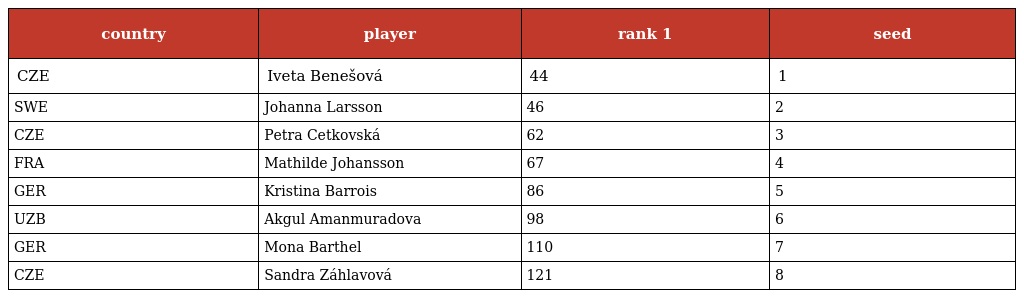
| country | player | rank 1 | seed |
 | --- | --- | --- | --- |
 | CZE | Iveta Benešová | 44 | 1 |
 | SWE | Johanna Larsson | 46 | 2 |
 | CZE | Petra Cetkovská | 62 | 3 |
 | FRA | Mathilde Johansson | 67 | 4 |
 | GER | Kristina Barrois | 86 | 5 |
 | UZB | Akgul Amanmuradova | 98 | 6 |
 | GER | Mona Barthel | 110 | 7 |
 | CZE | Sandra Záhlavová | 121 | 8 |